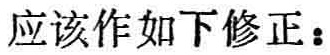
应该作如下修正：